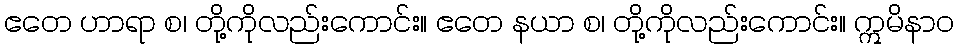
ဧတေ ဟာရာ စ၊ တို့ကိုလည်းကောင်း။ ဧတေ နယာ စ၊ တို့ကိုလည်းကောင်း။ ဣမိနာဝ